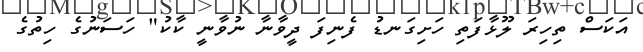
އަކަސް ތިހިރަ ލޫޅާފަތި ހަށިގަނޑު ފެނިފަ ދީވާނާ ނުވާނީ ކާކު" ހަސަނުގެ ހިތުގެ